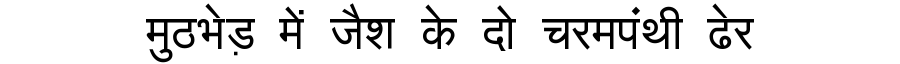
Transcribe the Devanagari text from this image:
मुठभेड़ में जैश के दो चरमपंथी ढेर